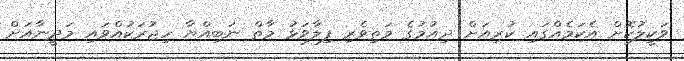
ވަކީލުކޮށް އެކަމެއްގައި ކުރިއަށް ދިއުމުގެ މަތިވެރި ފިލާވަޅު މާތް ނަބިއްޔާ ހިޖުރަކުއްވައި މަދީނާއަށް